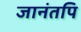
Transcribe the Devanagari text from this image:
जानंतपि